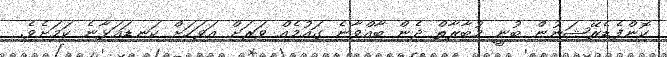
ކޮންފެޑެރޭޝަނުން ބުނީ މުބާރާތް ދެން ބާއްވާނެ ގައުމެއް ވަރަށް އަވަހަށް ކަނޑައަޅާނެ ކަމަށެވެ.